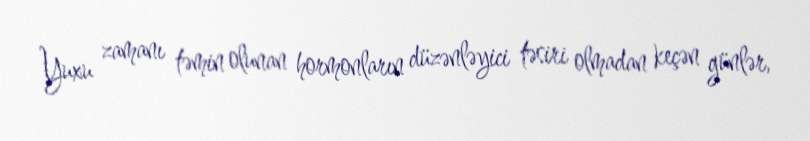
Yuxu zamanı təmin olunan hormonların düzənləyici təsiri olmadan keçən günlər,